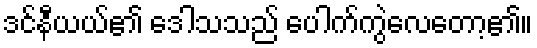
ဒင်နီယယ်၏ ဒေါသသည် ပေါက်ကွဲလေတော့၏။